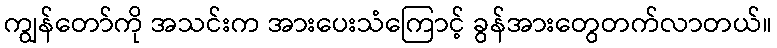
ကျွန်တော်ကို အသင်းက အားပေးသံကြောင့် ခွန်အားတွေတက်လာတယ်။